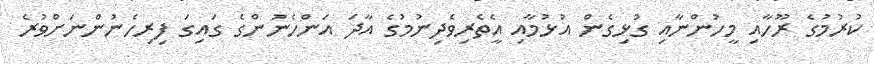
ކުރުމުގެ ރޫހާއި މީހުންނާއި ގުޅިގެން އުޅުމާއި އެީތެރިވެދިނުމުގެ އާދަ އަންހެނުންގެ ގައިގަ ފިރިހެނުންނަށްވުރެ